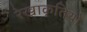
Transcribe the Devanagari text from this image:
रेखाकृतियों